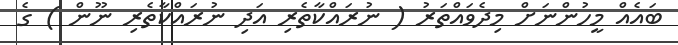
ބައެއް މީހުންނަށް މިދެވައްތަރު ( ނުރައްކާތެރި އަދި ނުރައްކާތެރި ނޫން ) ގެ